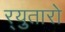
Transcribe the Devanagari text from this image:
र्‍युतारो